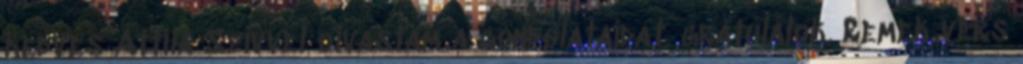
kedves Attila Szívvel olvastam a gondolataidat. gratulálok. Remek vers